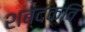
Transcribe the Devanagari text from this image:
शब्दकवि